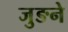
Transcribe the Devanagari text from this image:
जुङने